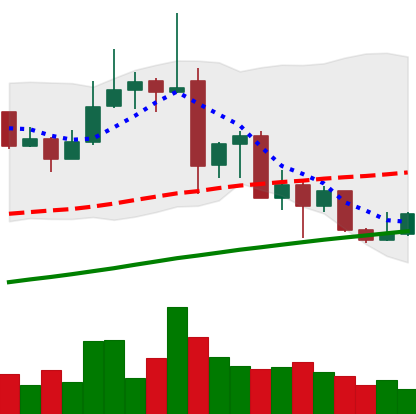
Ticker: ADA-USD
Chart end date: 2019-07-07
Forward return: -12.768%
Label: down_7plus